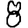
Digit: 8